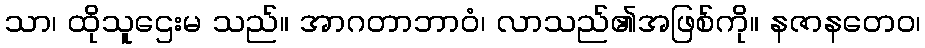
သာ၊ ထိုသူဌေးမ သည်။ အာဂတာဘာဝံ၊ လာသည်၏အဖြစ်ကို။ နဇာနတေဝ၊